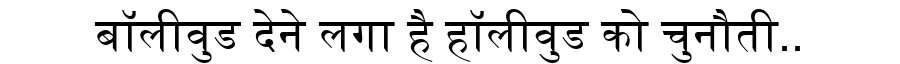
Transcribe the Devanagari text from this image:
बॉलीवुड देने लगा है हॉलीवुड को चुनौती..